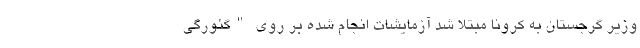
وزیر گرجستان به کرونا مبتلا شد آزمایشات انجام شده بر روی "گئورگی